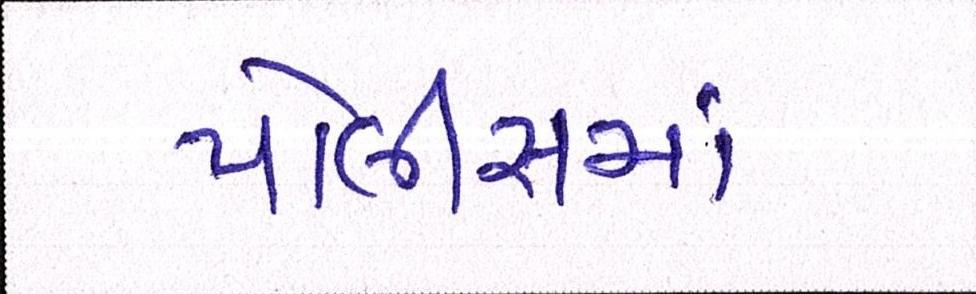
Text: પોલીસમાં